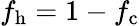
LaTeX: f_{\mathrm{h}}=1-f_{\mathrm{c}}